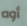
أوه